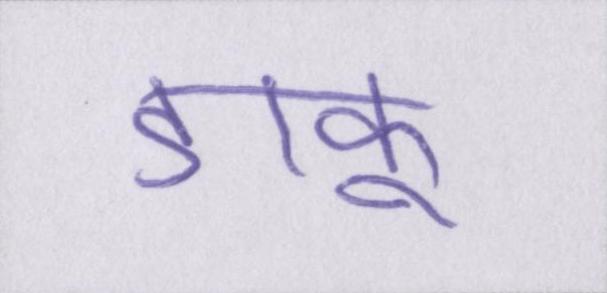
डाकू